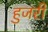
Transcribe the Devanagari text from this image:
हुजरी